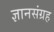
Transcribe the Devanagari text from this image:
ज्ञानसंग्रह